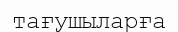
тағушыларға